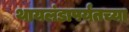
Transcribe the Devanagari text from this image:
थायलंडापर्यंतच्या